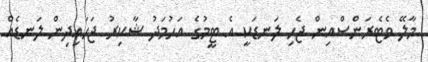
މާލޭ ވެޓެރަންސްއިން ޖެހި ލަނޑަކީ އެ ޓީމުގެ އަހުމަދު ޝާކިރު ޖަހައިދިން ލަނޑެއް